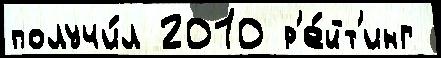
получи́л 2010 р'е́йт'инг